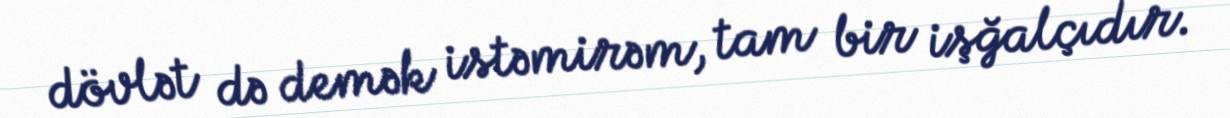
dövlət də demək istəmirəm, tam bir işğalçıdır.